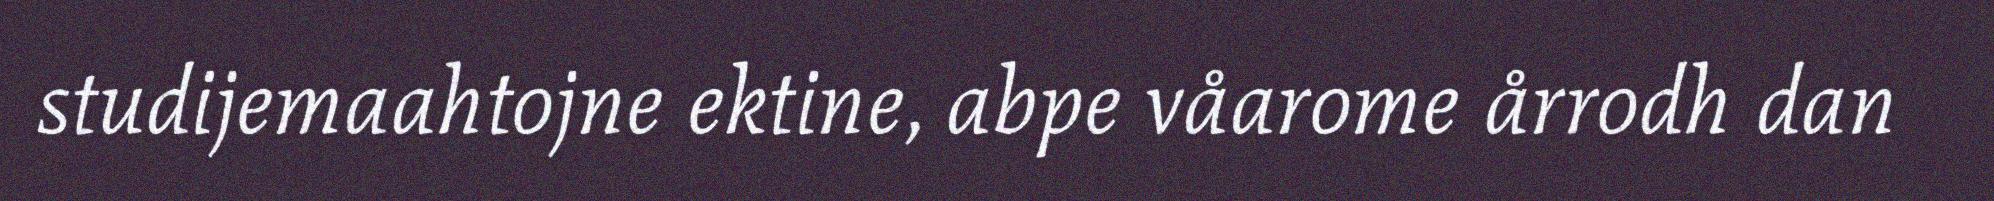
studijemaahtojne ektine, abpe våarome årrodh dan